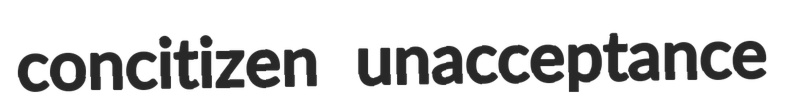
concitizen unacceptance